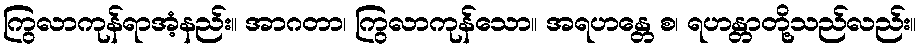
ကြွလာကုန်ရာအံ့နည်း။ အာဂတာ၊ ကြွလာကုန်သော။ အရဟန္တေ စ၊ ရဟန္တာတို့သည်လည်း။